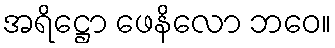
အရိဋ္ဌော ဖေနိလော ဘဝေ။